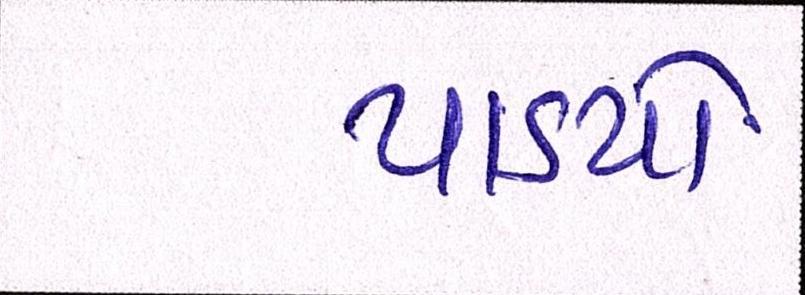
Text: પાડયો